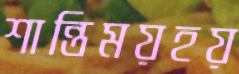
শান্তিময়হয়